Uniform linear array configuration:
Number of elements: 32
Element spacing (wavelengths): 1
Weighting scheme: exponential
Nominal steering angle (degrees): -15
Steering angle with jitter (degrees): -14.856
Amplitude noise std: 0.05
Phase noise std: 0.05

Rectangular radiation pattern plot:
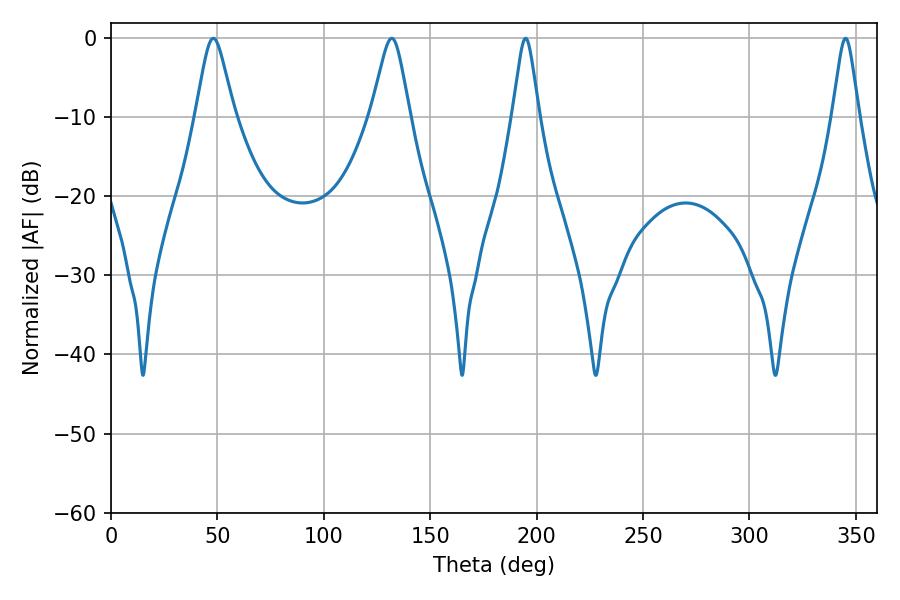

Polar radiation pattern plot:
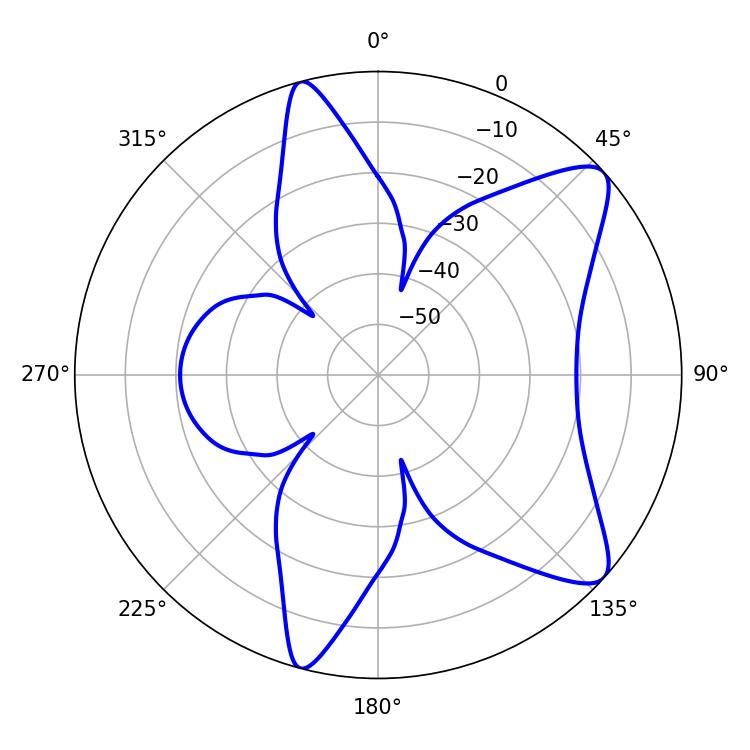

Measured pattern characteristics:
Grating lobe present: TRUE
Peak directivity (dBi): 9.628
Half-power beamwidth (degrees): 8.64
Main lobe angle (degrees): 48.06